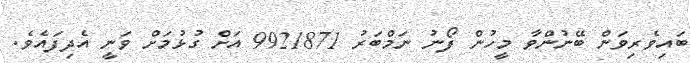
ބައިވެރިވަން ބޭނުންވާ މީހުން ފޯނު ނަމްބަރު 9921871 އަށް ގުޅުމަށް ވަނީ އެދިފައެވެ.